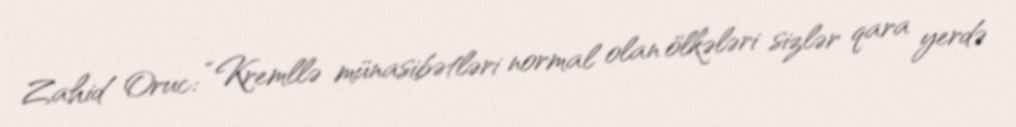
Zahid Oruc: “Kremllə münasibətləri normal olan ölkələri sizlər qara yerdə